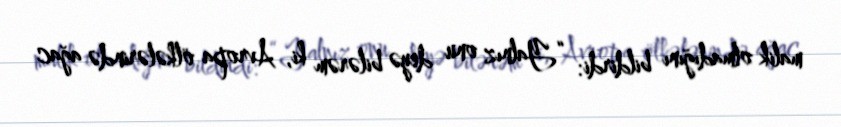
malik olmadığını bildirdi: “Yalnız onu deyə bilərəm ki, Avropa ölkələrində ağac